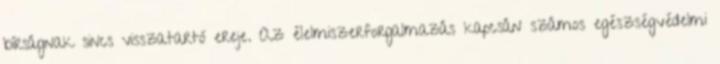
bírságnak sincs visszatartó ereje. Az élelmiszerforgalmazás kapcsán számos egészségvédelmi